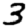
Digit: 3